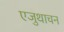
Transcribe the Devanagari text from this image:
एजुथाचन